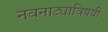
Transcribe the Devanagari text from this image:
नवनाट्याविषयी